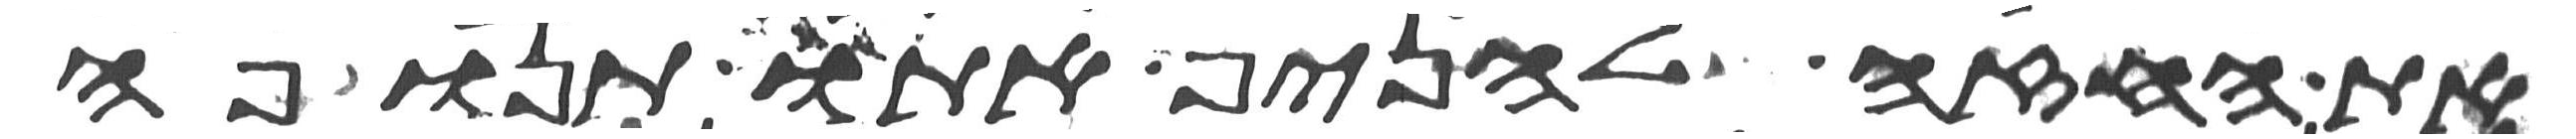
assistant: את החזה להניף אתו תנופה